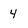
Character: 4